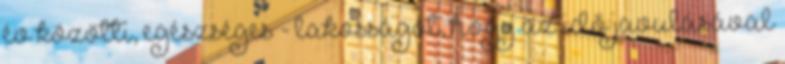
év közötti, egészséges - lakosságot, hogy az idő javulásával